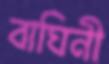
বাঘিনী